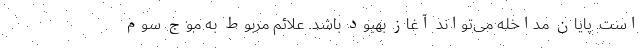
است. پایان مداخله می‌تواند آغاز بهبود باشد. علائم مربوط به موج سوم